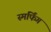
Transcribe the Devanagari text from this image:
स्मर्फिंग